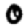
Digit: 0